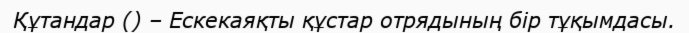
Құтандар () – Ескекаяқты құстар отрядының бір тұқымдасы.